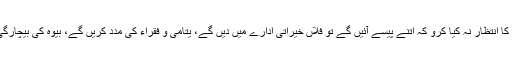
اسے مس عینی کی وہ باتیں یاد آنے لگیں کہ بڑے بڑے کاموں کا انتظار نہ کیا کرو کہ اتنے پیسے آئیں گے تو فلاں خیراتی ادارے میں دیں گے، یتامیٰ و فقراء کی مدد کریں گے، بیوہ کی بیچارگی کا ازالہ کریں گے، بلکہ چھوٹی چھوٹی نیکیاں کر گزرا کرو۔